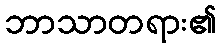
ဘာသာတရား၏